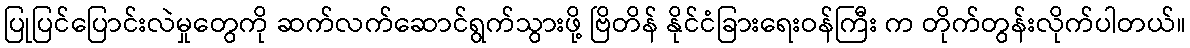
ပြုပြင်ပြောင်းလဲမှုတွေကို ဆက်လက်ဆောင်ရွက်သွားဖို့ ဗြိတိန် နိုင်ငံခြားရေးဝန်ကြီး က တိုက်တွန်းလိုက်ပါတယ်။